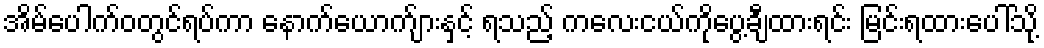
အိမ်ပေါက်ဝတွင်ရပ်ကာ နောက်ယောက်ျားနှင့် ရသည့် ကလေးငယ်ကိုပွေ့ချီထားရင်း မြင်းရထားပေါ်သို့